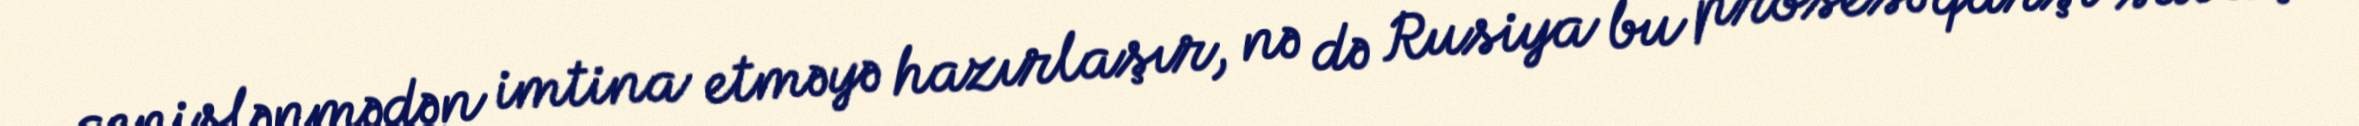
genişlənmədən imtina etməyə hazırlaşır, nə də Rusiya bu prosesə qarşı savaş